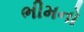
ભીમનો